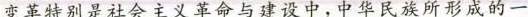
变革特别是社会主义革命与迎设中，中华民族所形成的一